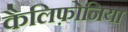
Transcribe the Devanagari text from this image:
कैलिफ़ोनिया